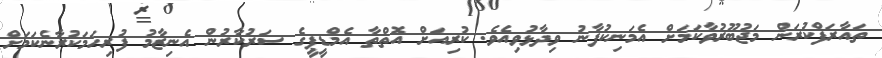
ތައާރަފްކުރަން މަޖުބޫރުވާކަމަށް އެމަނިކުފާނު ވިދާޅުވިއެވެ. ކުރިއަށް އޮތްތާ އެމްޑީޕީގެ ސަރުކާރުން އެނިޒާމު ފުރިހަމަކުރާނެކަމަށް